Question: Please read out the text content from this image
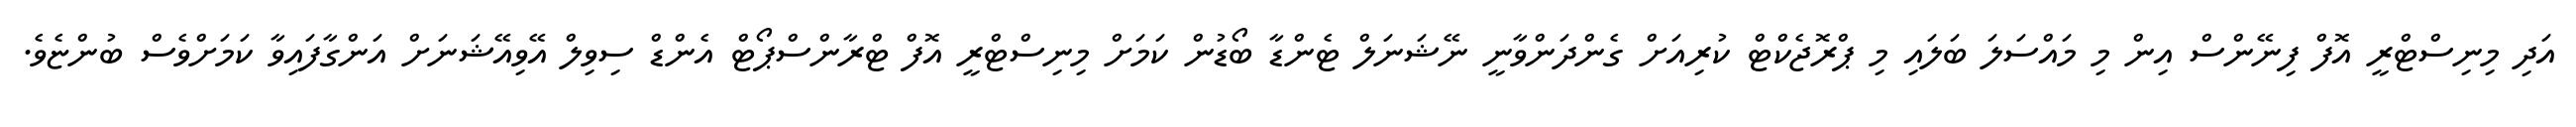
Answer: އަދި މިނިސްޓްރީ އޮފް ފިނޭންސް އިން މި މައްސަލަ ބަލައި މި ޕްރޮޖެކްޓް ކުރިއަށް ގެންދަންވާނީ ނޭޝަނަލް ޓެންޑާ ބޯޑުން ކަމަށް މިނިސްޓްރީ އޮފް ޓްރާންސްޕޯޓް އެންޑް ސިވިލް އޭވިއޭޝަނަށް އަންގާފައިވާ ކަމަށްވެސް ބުންޏެވެ.